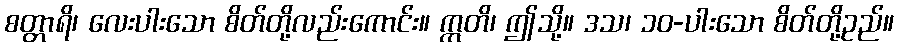
စတ္တာရိ၊ လေးပါးသော စိတ်တို့လည်းကောင်း။ ဣတိ၊ ဤသို့။ ဒသ၊ ၁၀-ပါးသော စိတ်တို့ဥည်။